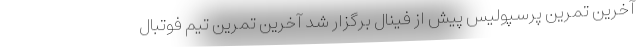
آخرین تمرین پرسپولیس پیش از فینال برگزار شد آخرین تمرین تیم فوتبال